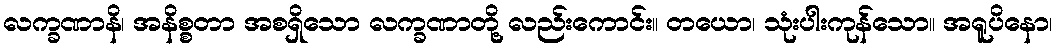
လက္ခဏာနိ၊ အနိစ္စတာ အစရှိသော လက္ခဏာတို့ လည်းကောင်း။ တယော၊ သုံးပါးကုန်သော။ အရူပိနော၊